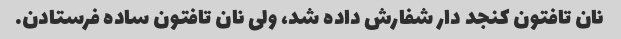
نان تافتون کنجد دار شفارش داده شد، ولی نان تافتون ساده فرستادن.